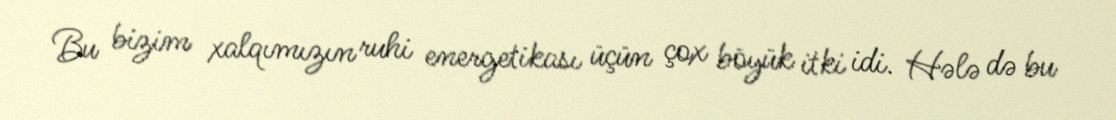
Bu bizim xalqımızın ruhi energetikası üçün çox böyük itki idi. Hələ də bu